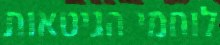
לוחמי הגיטאות